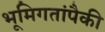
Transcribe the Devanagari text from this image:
भूमिगतांपैकी